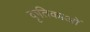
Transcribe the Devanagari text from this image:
कृतिकाओं